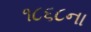
૧૮૬૮ના